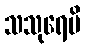
သသုရေပိ